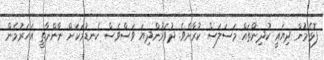
ފޮޅެމުން ދިޔައީ ކުދިންތައް މަސަލަސް ކުރާށެވެ. ދުވަމުންދިޔަ ވަސްވެސް ކެނޑުމަކަށް ނާންނާތީ އަހަރުމެން